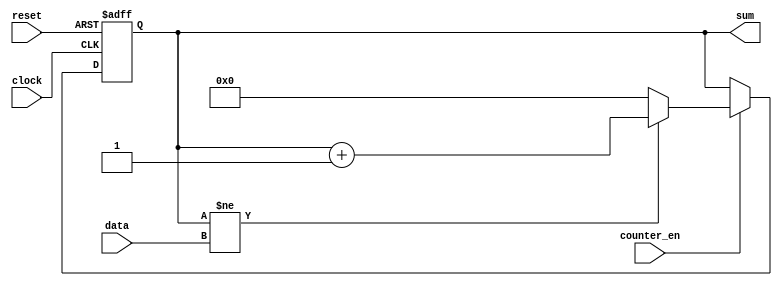
module counter_up_down(
    input clock,
    input reset,
    input counter_en,
    input [3:0] data,
    output reg [3:0]sum
);
    reg [3:0]counter=0;

    always @(posedge(clock) or posedge(reset))
        begin
            if(reset == 1) 
                counter <= 0;
            else begin 
                if (counter_en == 0) 
                    counter <= counter ;
                else 
                    begin 
                        if(counter!=data) counter ++;
                            else counter = 0;
                    end 
            end
        end 
    always@( counter)
    begin
        sum<= counter; 
    end
        

endmodule